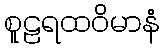
စူဠရထဝိမာနံ